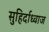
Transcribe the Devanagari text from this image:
सुहिर्दाध्वाज